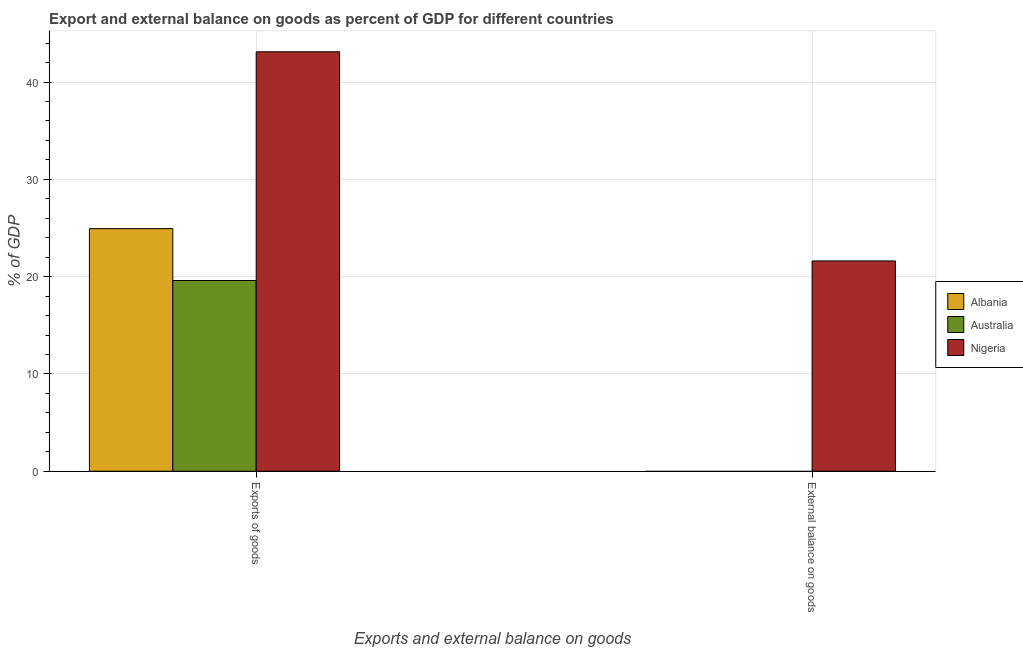
| Exports and external balance on goods | Albania | Australia | Nigeria |
 | --- | --- | --- | --- |
 | Exports of goods | 24.9 | 19.6 | 43.1 |
 | External balance on goods | -23.6 | -1.81 | 21.6 |